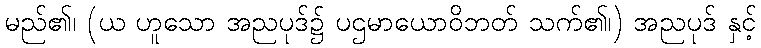
မည်၏၊ (ယ ဟူသော အညပုဒ်၌ ပဌမာယောဝိဘတ် သက်၏၊) အညပုဒ် နှင့်